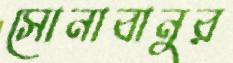
সোনাবানুর